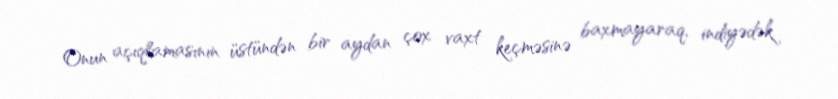
Onun açıqlamasının üstündən bir aydan çox vaxt keçməsinə baxmayaraq, indiyədək